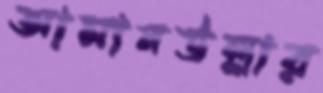
আমানউল্লার